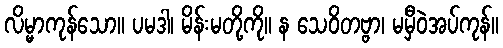
လိမ္မာကုန်သော။ ပမဒါ၊ မိန်းမတို့ကို။ န သေဝိတဗ္ဗာ၊ မမှီဝဲအပ်ကုန်။